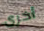
أخرى